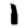
Digit: 1